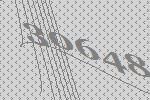
30648